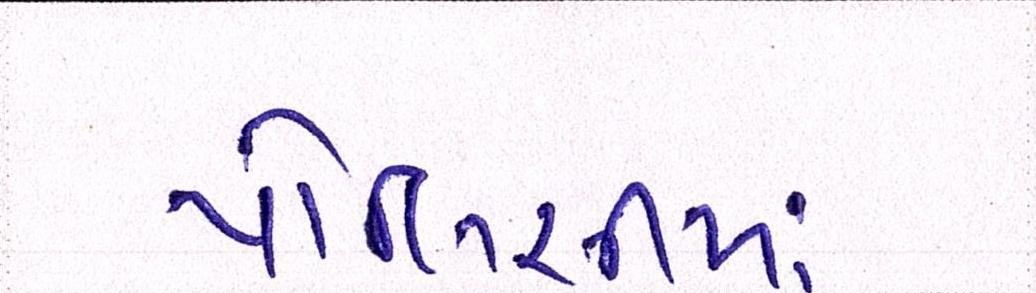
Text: પોલિસીમાં